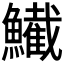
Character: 𫚂